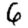
Digit: 6